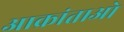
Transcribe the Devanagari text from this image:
आक्रांताओ